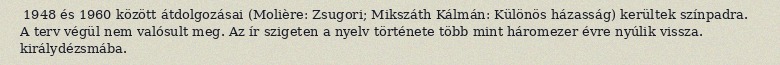
1948 és 1960 között átdolgozásai (Molière: Zsugori; Mikszáth Kálmán: Különös házasság) kerültek színpadra. A terv végül nem valósult meg. Az ír szigeten a nyelv története több mint háromezer évre nyúlik vissza. királydézsmába.